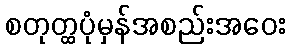
စတုတ္ထပုံမှန်အစည်းအဝေး